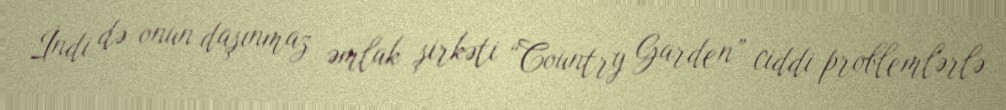
İndi də onun daşınmaz əmlak şirkəti “Country Garden” ciddi problemlərlə